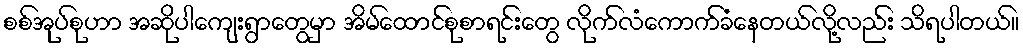
စစ်အုပ်စုဟာ အဆိုပါကျေးရွာတွေမှာ အိမ်ထောင်စုစာရင်းတွေ လိုက်လံကောက်ခံနေတယ်လို့လည်း သိရပါတယ်။